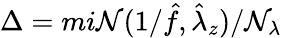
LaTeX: \Delta=mi\mathcal{N}(1/\hat{{f}},\hat{{\lambda}}_{z})/\mathcal{N}_{\lambda}